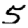
Digit: 5